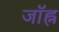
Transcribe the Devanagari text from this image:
जॉह्न